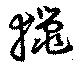
猟